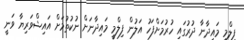
ފިލްމީ މައިދާނާ ދުރުގައި ހުރުމަށްފަހު އަލުން ފިލްމީ މައިދާނަށް ނުކުތުމަށް އައިޝްވަރިޔާ ވަނީ